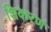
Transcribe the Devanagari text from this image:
शिकरण